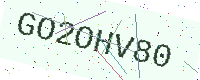
Text: GO2OHV80